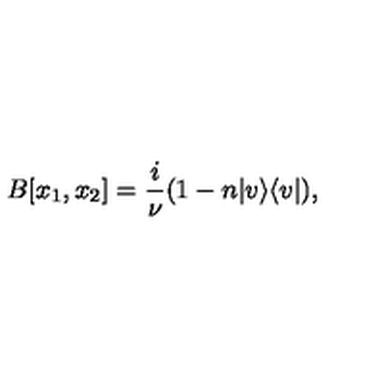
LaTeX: B [ x _ { 1 } , x _ { 2 } ] = \frac { i } { \nu } ( 1 - n | v \rangle \langle v | ) ,